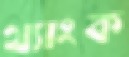
থ্যাংক